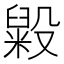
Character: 毇